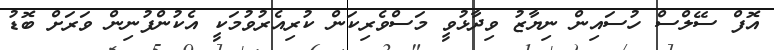
އޮފް ސޭލްސް ހުސައިން ނިޔާޒު ވިދާޅުވީ މަސްވެރިކަން ކުރިއެރުވުމަކީ އެކުންފުނިން ވަރަށް ބޮޑު